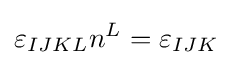
\varepsilon _{IJKL}n^{L}=\varepsilon _{IJK}